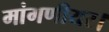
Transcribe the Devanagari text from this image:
मांगणीयर।